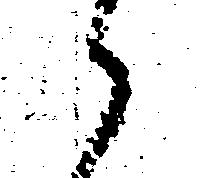
候